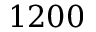
1 2 0 0